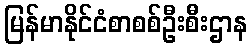
မြန်မာနိုင်ငံစာစစ်ဦးစီးဌာန